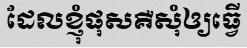
ដែលខ្ញុំផុសគឺសុំឲ្យធ្វើ